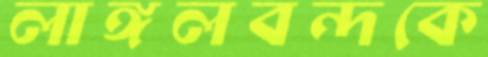
লাঙ্গলবন্দকে